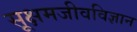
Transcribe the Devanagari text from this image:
सूक्षमजीवविज्ञान